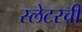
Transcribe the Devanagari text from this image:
स्लेटरची